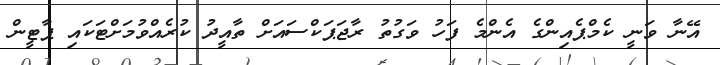
އޭނާ ވަނީ ކެމްޕެއިންގެ އެންމެ ފަހު ވަގުތު ރާޖަޕަކްސައަށް ތާއީދު ކުރެއްވުމަށްޓަކައި ޕާޓީން